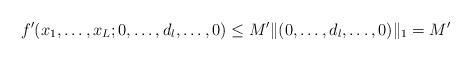
\begin{align*}f'(x_1,\ldots,x_L;0,\ldots,d_l,\ldots,0)\le M'\|(0,\ldots,d_l,\ldots,0)\|_1=M'\end{align*}